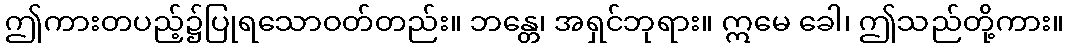
ဤကားတပည့်၌ပြုရသောဝတ်တည်း။ ဘန္တေ၊ အရှင်ဘုရား။ ဣမေ ခေါ၊ ဤသည်တို့ကား။